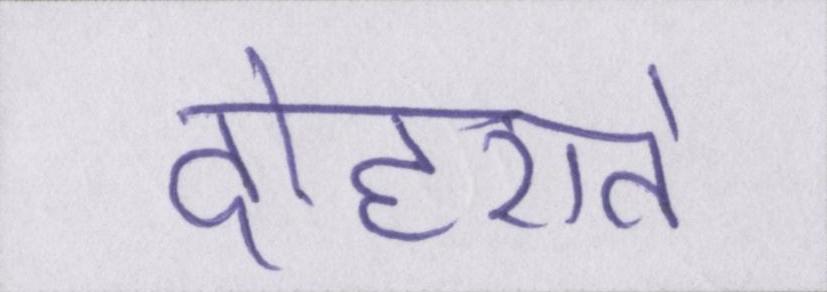
दोहराते